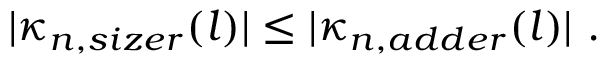
| \kappa _ { n , s i z e r } ( l ) | \leq | \kappa _ { n , a d d e r } ( l ) | \ .